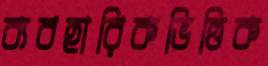
ব্যবহারিকভিত্তিক